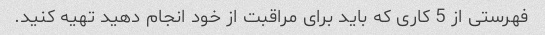
فهرستی از 5 کاری که باید برای مراقبت از خود انجام دهید تهیه کنید.